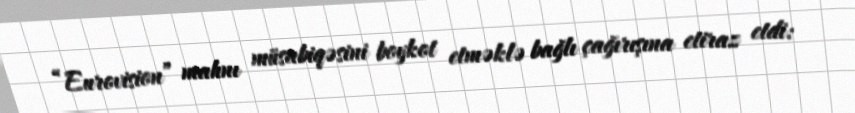
“Eurovision” mahnı müsabiqəsini boykot etməklə bağlı çağırışına etiraz etdi: